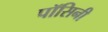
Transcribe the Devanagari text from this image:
पॉसिनी